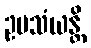
ဥပသံယန္တိ